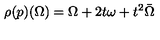
\rho ( p ) ( \Omega ) = \Omega + 2 t \omega + t ^ { 2 } \bar { \Omega }